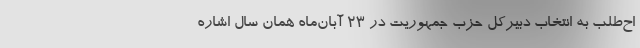
اح‌طلب به انتخاب دبیرکل حزب جمهوریت در ۲۳ آبان‌ماه همان سال اشاره